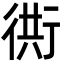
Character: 衖